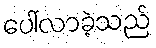
ပေါ်လာခဲ့သည်